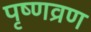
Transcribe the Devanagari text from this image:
पृष्णव्रण